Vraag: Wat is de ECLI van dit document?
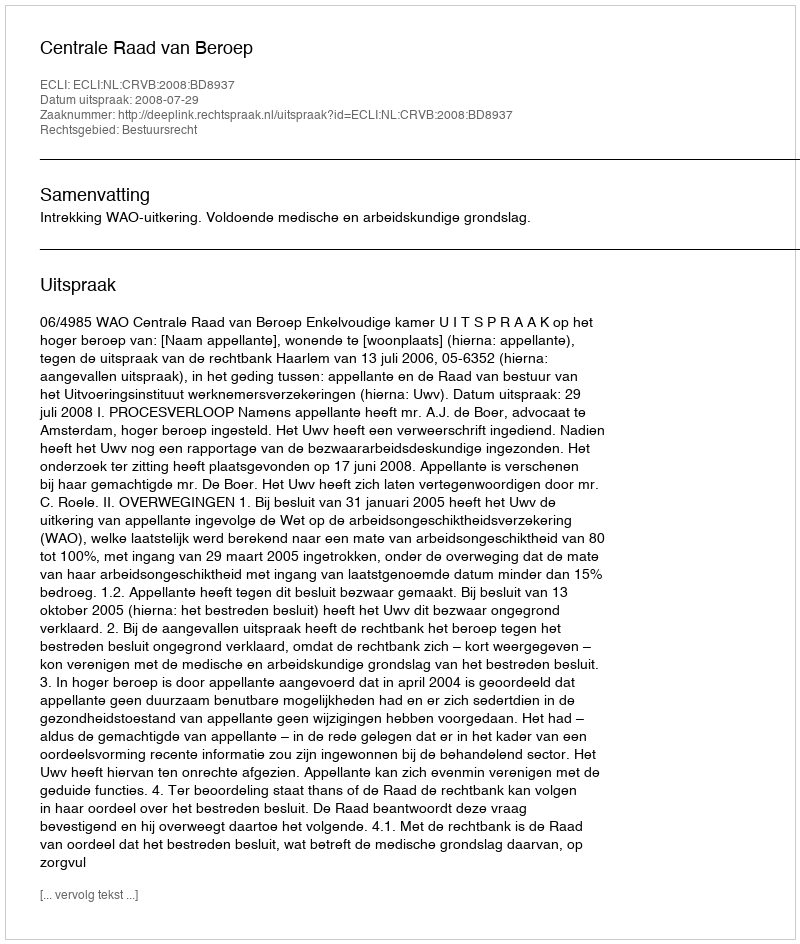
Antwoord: ECLI:NL:CRVB:2008:BD8937